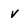
Character: V